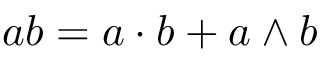
a b = a \cdot b + a \wedge b